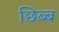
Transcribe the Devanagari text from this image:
छिब्ब